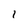
Character: 1